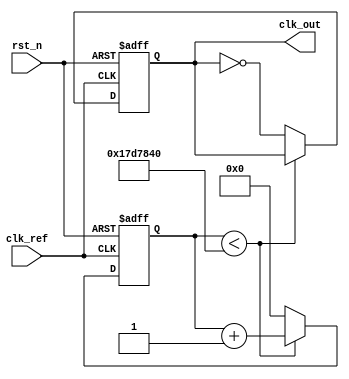
module ContinuousTimePLL(
    input wire clk_ref,      // Reference clock input
    input wire rst_n,        // Active low reset
    output wire clk_out      // Generated output clock
);

// Parameters for the PLL
parameter integer VCO_FREQUENCY = 100; // VCO frequency in MHz
parameter integer DIV_FACTOR = 4;       // Frequency divider factor

// Internal signals
wire phase_error;                     // Phase error signal from PD
wire control_voltage;                  // Control voltage from loop filter
wire vco_output;                       // Output from the VCO
reg feedback_clk;                      // Feedback clock signal
reg [31:0] vco_counter;                // VCO counter for frequency generation

// Phase Detector (PD)
assign phase_error = clk_ref ^ feedback_clk; // Simple XOR-based phase detector

// Loop Filter (LF) - Simple first-order filter
always @(posedge clk_ref or negedge rst_n) begin
    if (!rst_n) begin
        control_voltage <= 0;
    end else begin
        control_voltage <= control_voltage + phase_error; // Integrate phase error
    end
end

// Voltage-Controlled Oscillator (VCO)
always @(posedge clk_ref or negedge rst_n) begin
    if (!rst_n) begin
        vco_counter <= 0;
        feedback_clk <= 0;
    end else begin
        // Update VCO frequency based on control voltage
        if (vco_counter < (VCO_FREQUENCY * 1000000 / DIV_FACTOR)) begin
            vco_counter <= vco_counter + 1;
        end else begin
            feedback_clk <= ~feedback_clk; // Toggle feedback clock
            vco_counter <= 0; // Reset counter
        end
    end
end

// Feedback Path (Frequency Divider)
assign clk_out = feedback_clk; // Output clock is the feedback clock

endmodule